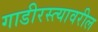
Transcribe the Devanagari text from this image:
गाडीरस्त्यावरील